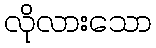
လိုလားသော